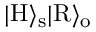
| \mathrm { H } \rangle _ { \mathrm { s } } | \mathrm { R } \rangle _ { \mathrm { o } }